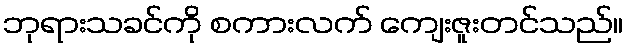
ဘုရားသခင်ကို စကားလက် ကျေးဇူးတင်သည်။